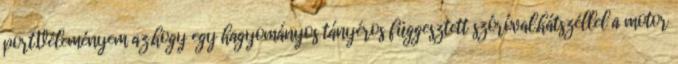
port.Véleményem az,hogy egy hagyományos tányéros függesztett szóróval,hátszéllel a motor